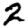
Digit: 2